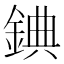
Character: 錪